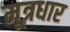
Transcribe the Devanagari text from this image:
मूत्रधार